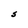
Character: S